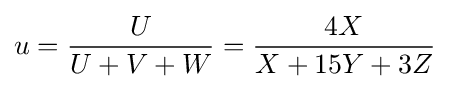
u={\frac {U}{U+V+W}}={\frac {4X}{X+15Y+3Z}}